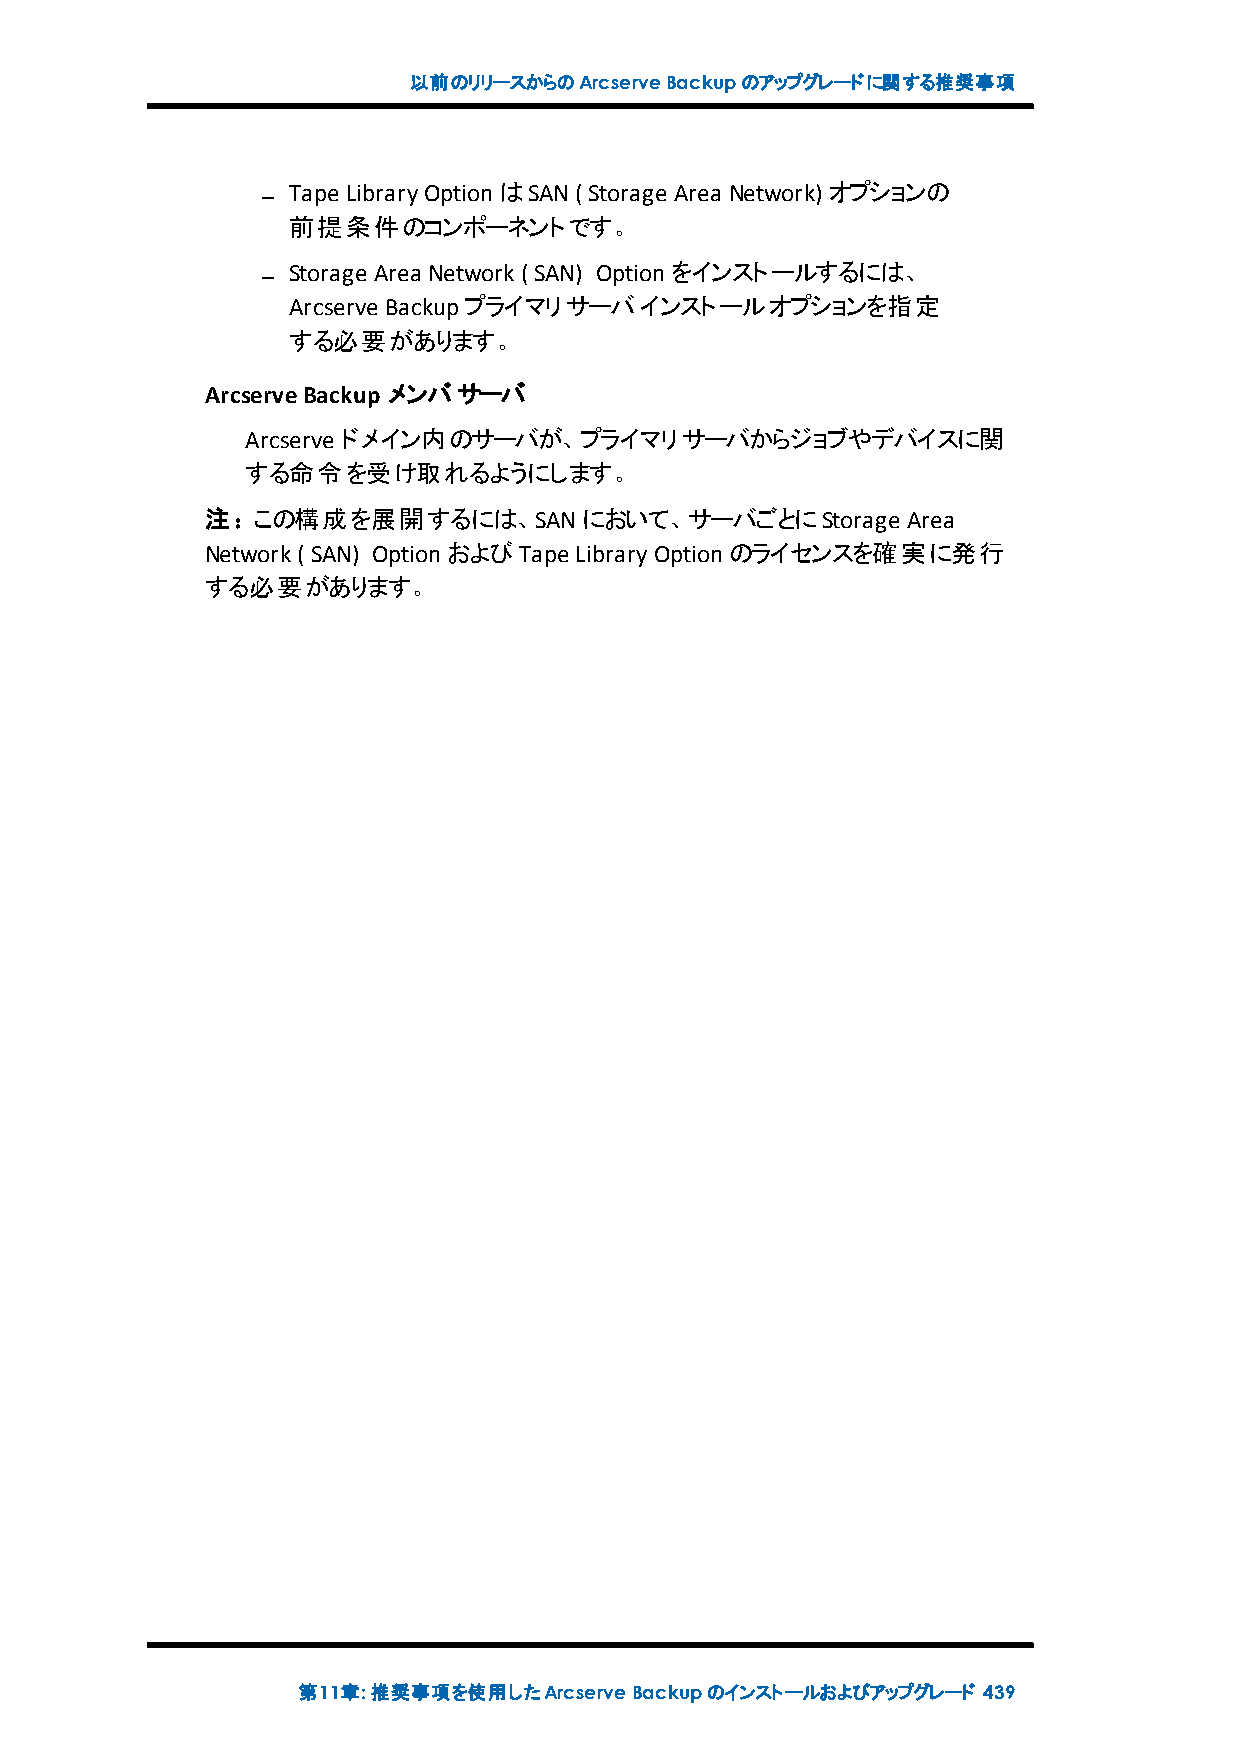
以前のリリースからのArcserveBackupのアップグレードに関する推奨事項
 Tape LibraryOptionはSAN( Storage Area Network) オプションの
 前提条件のコンポーネントです。
 Storage Area Network( SAN) Optionをインストールするには、
 Arcserve Backupプライマリサーバインストールオプションを指定
 する必要があります。
 ArcserveBackup メンバサーバ
 Arcserve ドメイン内のサーバが、プライマリサーバからジョブやデバイスに関
 する命令を受け取れるようにします。
 注：この構成を展開するには、SANにおいて、サーバごとにStorage           Area
 Network( SAN) OptionおよびTape LibraryOptionのライセンスを確実に発行
 する必要があります。
 第11章:推奨事項を使用したArcserveBackupのインストールおよびアップグレード 439